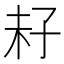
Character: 𡥒